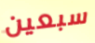
سبعين